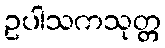
ဥပါသကသုတ္တ